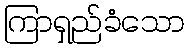
ကြာရှည်ခံသော